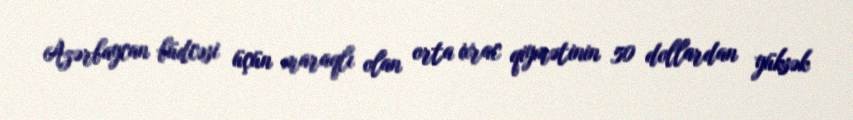
Azərbaycan büdcəsi üçün maraqlı olan orta ixrac qiymətinin 50 dollardan yüksək